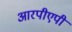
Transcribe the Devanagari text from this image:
आरपीएपी